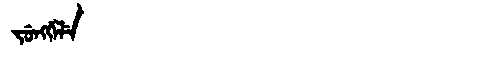
Manchu: ᠵᡠᠩᡤᡝᠯᡝ
Romanization: JUNGGELE